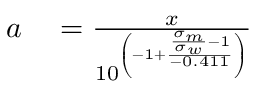
\begin{array} { r l } { a } & { { } = { \frac { x } { 1 0 ^ { \left( - 1 + { \frac { { \frac { \sigma _ { m } } { \sigma _ { w } } } - 1 } { - 0 . 4 1 1 } } \right) } } } } \end{array}